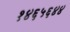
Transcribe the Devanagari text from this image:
१४६५६४४